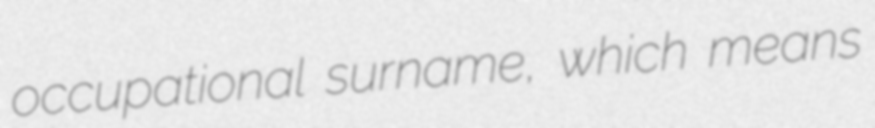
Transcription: occupational surname, which means